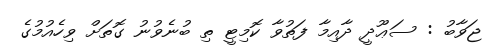
ޖަވާބު : ސަޢޫދީ ދާއިމާ ފަތުވާ ކޮމިޓީ ތި ބުނެވުނު ގޮތަށް ވިހެއުމުގެ